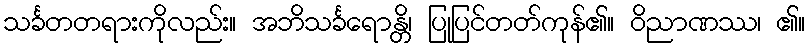
သင်္ခတတရားကိုလည်း။ အဘိသင်္ခရောန္တိ၊ ပြုပြင်တတ်ကုန်၏။ ဝိညာဏဿ၊ ၏။